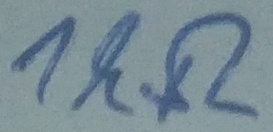
Text: 1kΩ